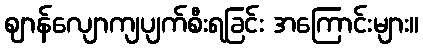
ဈာန်လျောကျပျက်စီးရခြင်း အကြောင်းများ။